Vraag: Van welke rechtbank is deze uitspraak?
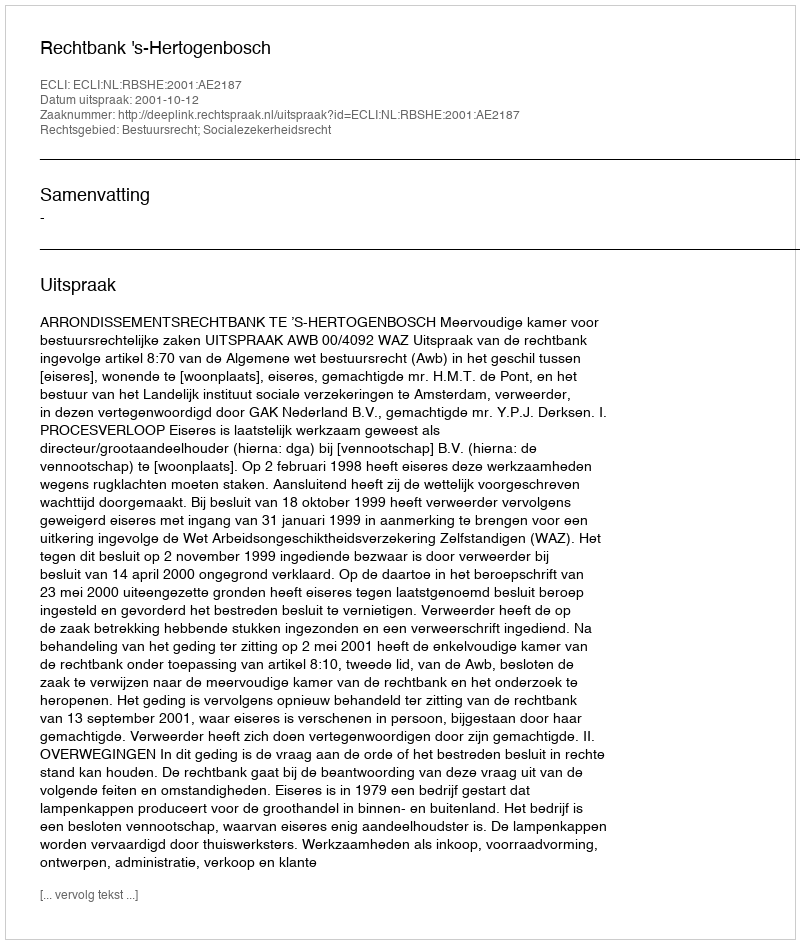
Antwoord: Rechtbank 's-Hertogenbosch